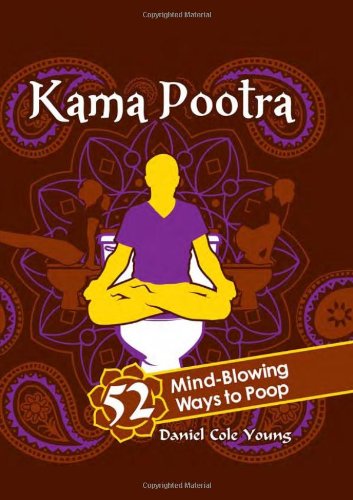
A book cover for Kama Pootra: 52 Mind-Blowing Ways to Poop; Daniel Cole Young; Humor & Entertainment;